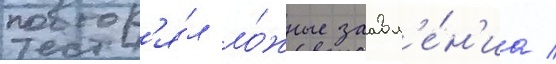
повтор'я́л ло́жные заавл'е́н'иа /